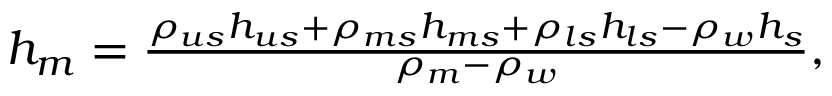
\begin{array} { r } { h _ { m } = \frac { \rho _ { u s } h _ { u s } + \rho _ { m s } h _ { m s } + \rho _ { l s } h _ { l s } - \rho _ { w } h _ { s } } { \rho _ { m } - \rho _ { w } } , } \end{array}